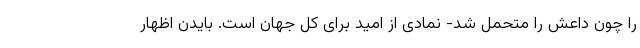
را چون داعش را متحمل شد- نمادی از امید برای کل جهان است. بایدن اظهار